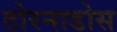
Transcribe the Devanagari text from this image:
टोरनाडोस